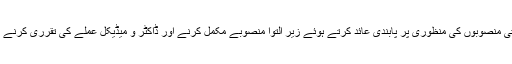
عدالت نے نئے ترقیاتی منصوبوں کی منظوری پر پابندی عائد کرتے ہوئے زیر التوا منصوبے مکمل کرنے اور ڈاکٹر و میڈیکل عملے کی تقرری کرنے کا حکم جاری کر دیا۔